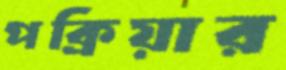
পক্রিয়ার